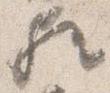
歟